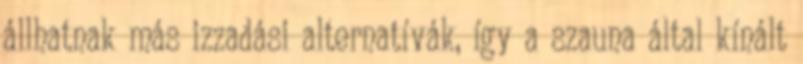
állhatnak más izzadási alternatívák, így a szauna által kínált